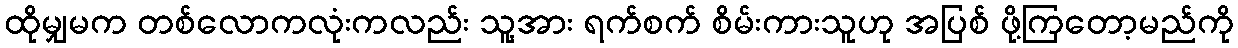
ထိုမျှမက တစ်လောကလုံးကလည်း သူ့အား ရက်စက် စိမ်းကားသူဟု အပြစ် ဖို့ကြတော့မည်ကို